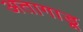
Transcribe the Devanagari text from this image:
अतागाडू